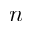
n